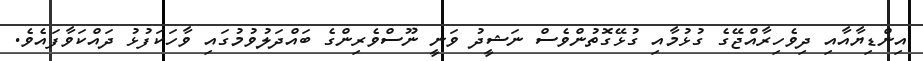
އިންޑިޔާއާއި ދިވެހިރާއްޖޭގެ ގުޅުމާއި ގުޅޭގޮތުންވެސް ނަޝީދު ވަނީ ނޫސްވެރިންގެ ބައްދަލުވުމުގައި ވާހަކަފުޅު ދައްކަވާފައެވެ.